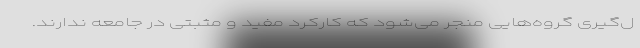
ل‌گیری گروه‌هایی منجر می‌شود که کارکرد مفید و مثبتی در جامعه ندارند.